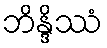
ဘိန္ဒိဿံ